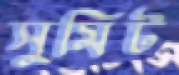
সুমিট